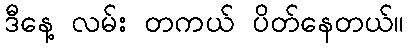
ဒီနေ့ လမ်း တကယ် ပိတ်နေတယ်။